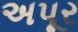
અપૂર